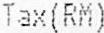
TAX(RM)